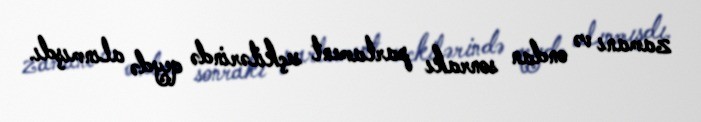
zamanı və ondan sonrakı parlament seçkilərində qeydə alınmışdı.